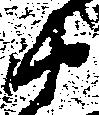
衛